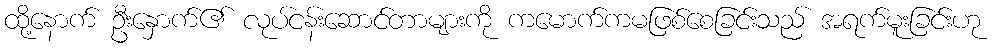
ထို့နောက် ဦးနှောက်၏ လုပ်ငန်းဆောင်တာများကို ကမောက်ကမဖြစ်စေခြင်းသည် အရက်မူးခြင်းဟု